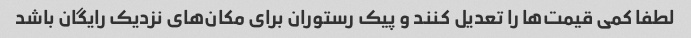
لطفا کمی قیمت‌ها را تعدیل کنند و پیک رستوران برای مکان‌های نزدیک رایگان باشد